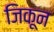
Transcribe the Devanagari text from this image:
जिकून